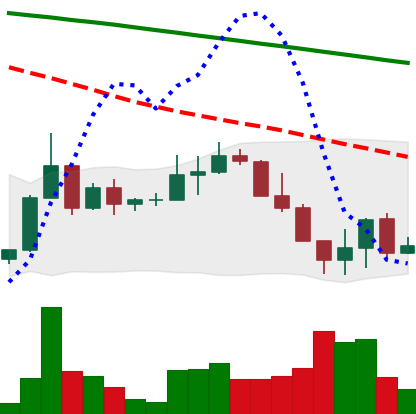
Ticker: ADA-USD
Chart end date: 2022-06-17
Forward return: -5.914%
Label: down_5_7